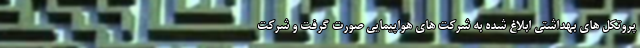
پروتکل های بهداشتی ابلاغ شده به شرکت های هواپیمایی صورت گرفت و شرکت